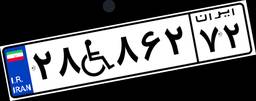
۲۸W۸۶۲۷۲